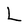
Character: L